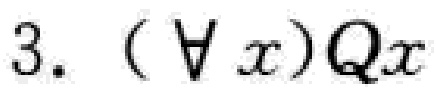
$3. (\forall x)Qx$